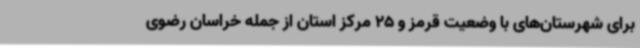
برای شهرستان‌های با وضعیت قرمز و 25 مرکز استان از جمله خراسان رضوی